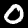
Digit: 0